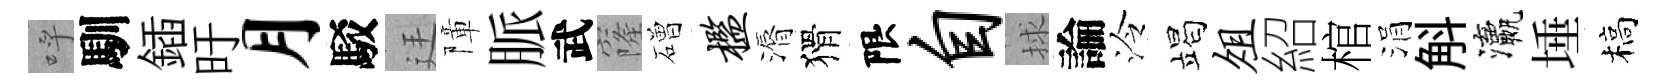
呼馴鍤旴月駁廷障脈武窿磳槛漘猾限自捄論泠竭俎紹棺涓斛瀛埵槁